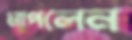
মাপলেন